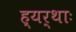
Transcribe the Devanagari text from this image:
ह्यर्थाः